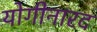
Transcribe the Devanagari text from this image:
योगीनारद